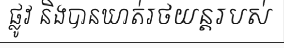
ផ្លូវ និងបានឃាត់រថយន្តរបស់